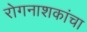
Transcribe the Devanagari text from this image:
रोगनाशकांचा